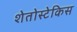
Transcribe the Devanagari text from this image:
शेतोस्टेकिस